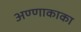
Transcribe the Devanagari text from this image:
अण्णाकाका